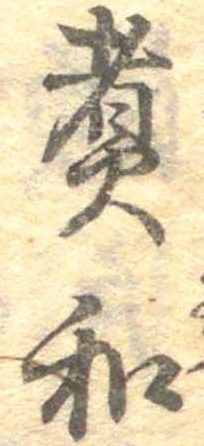
煮和